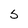
Character: 5